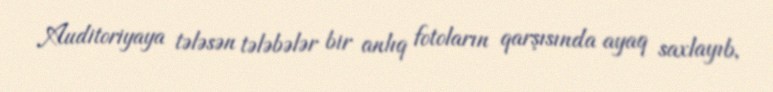
Auditoriyaya tələsən tələbələr bir anlıq fotoların qarşısında ayaq saxlayıb,